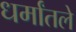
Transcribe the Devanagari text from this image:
धर्मांतले